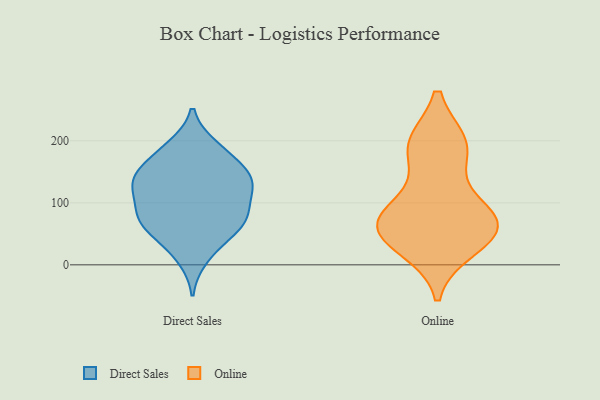
{"axis": {"x": "Latency (ms)", "y": "Value"}, "legend": ["Direct Sales", "Online"], "data": [{"x": "", "y": 80, "type": "Direct Sales"}, {"x": "", "y": 61, "type": "Direct Sales"}, {"x": "", "y": 77, "type": "Direct Sales"}, {"x": "", "y": 107, "type": "Direct Sales"}, {"x": "", "y": 174, "type": "Direct Sales"}, {"x": "", "y": 117, "type": "Direct Sales"}, {"x": "", "y": 11, "type": "Direct Sales"}, {"x": "", "y": 75, "type": "Direct Sales"}, {"x": "", "y": 139, "type": "Direct Sales"}, {"x": "", "y": 145, "type": "Direct Sales"}, {"x": "", "y": 188, "type": "Direct Sales"}, {"x": "", "y": 123, "type": "Direct Sales"}, {"x": "", "y": 59, "type": "Direct Sales"}, {"x": "", "y": 73, "type": "Direct Sales"}, {"x": "", "y": 33, "type": "Direct Sales"}, {"x": "", "y": 139, "type": "Direct Sales"}, {"x": "", "y": 151, "type": "Direct Sales"}, {"x": "", "y": 134, "type": "Direct Sales"}, {"x": "", "y": 191, "type": "Direct Sales"}, {"x": "", "y": 48, "type": "Online"}, {"x": "", "y": 192, "type": "Online"}, {"x": "", "y": 29, "type": "Online"}, {"x": "", "y": 188, "type": "Online"}, {"x": "", "y": 74, "type": "Online"}, {"x": "", "y": 52, "type": "Online"}, {"x": "", "y": 67, "type": "Online"}, {"x": "", "y": 71, "type": "Online"}, {"x": "", "y": 193, "type": "Online"}, {"x": "", "y": 93, "type": "Online"}]}